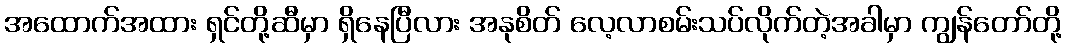
အထောက်အထား ရှင်တို့ဆီမှာ ရှိနေပြီလား အနုစိတ် လေ့လာစမ်းသပ်လိုက်တဲ့အခါမှာ ကျွန်တော်တို့